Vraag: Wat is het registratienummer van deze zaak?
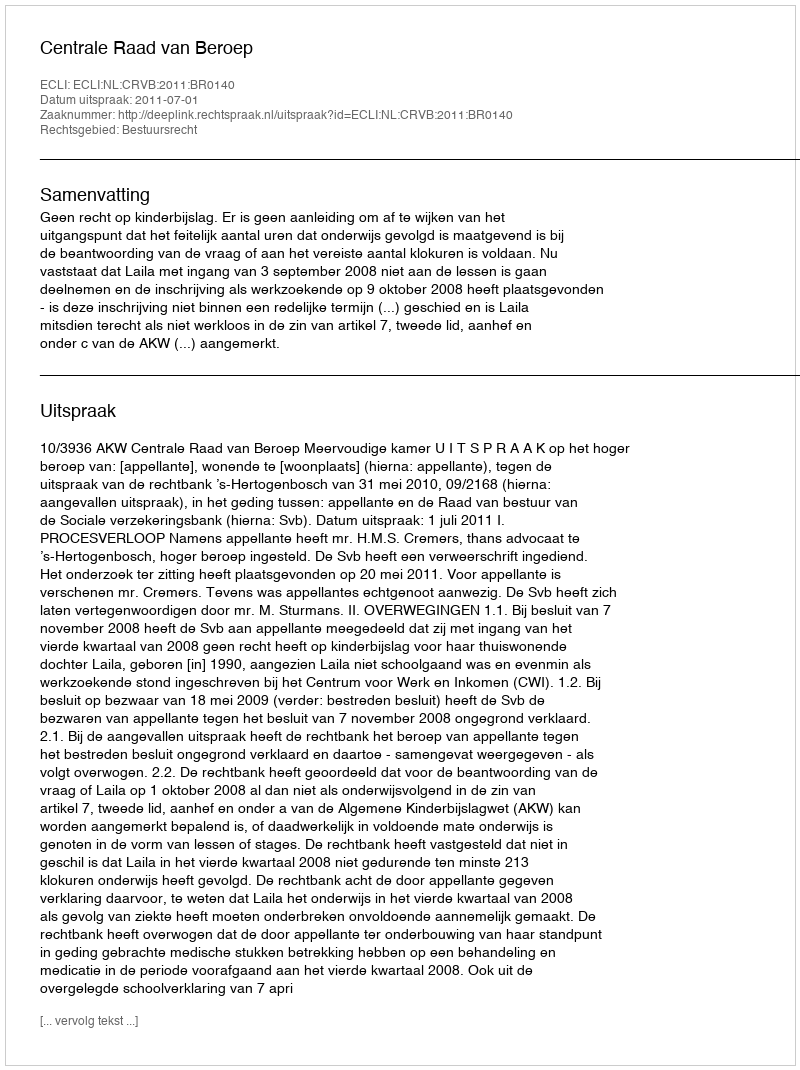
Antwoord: http://deeplink.rechtspraak.nl/uitspraak?id=ECLI:NL:CRVB:2011:BR0140